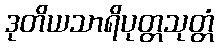
ဒုတိယသာရိပုတ္တသုတ္တံ